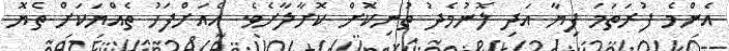
އެންމެ ފުރަތަމަ ފިޔާ އަދި ލޮނުމެދު ތުނިކޮށް ކޮށާލާށެވެ. އެއަށްފަހު ތެއްޔަކަށް ތެޔޮ